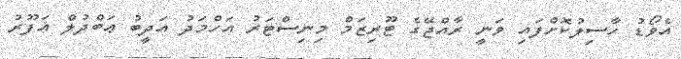
އެވޯޑު ހާސިލުކޮށްފައި ވަނީ ރާއްޖޭގެ ޓޫރިޒަމް މިނިސްޓަރު އަހްމަދު އަދީބު ޢަބްދުލް ޣަފޫރު